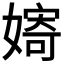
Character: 𱙪